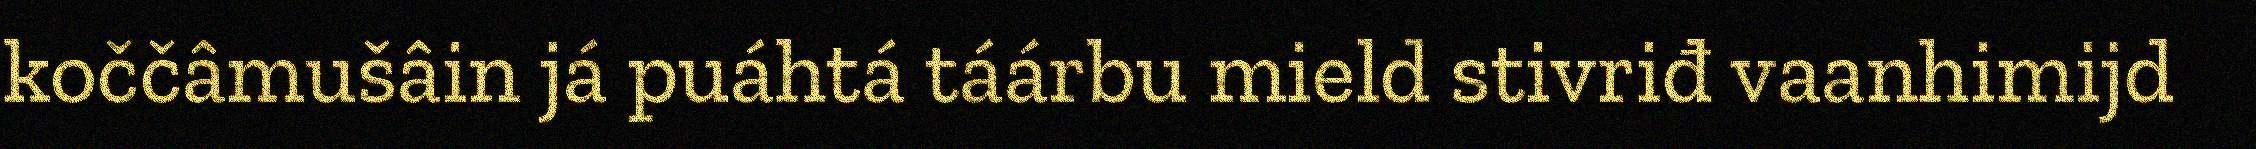
koččâmušâin já puáhtá táárbu mield stivriđ vaanhimijd